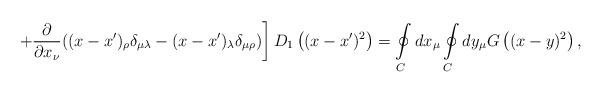
LaTeX: \begin{align*}\left.+\frac{\partial}{\partial x_\nu}((x-x')_\rho\delta_{\mu\lambda}-(x-x')_\lambda\delta_{\mu\rho})\right]D_1\left((x-x')^2\right)=\oint\limits_C^{}dx_\mu\oint\limits_C^{}dy_\mu G\left((x-y)^2\right),\end{align*}